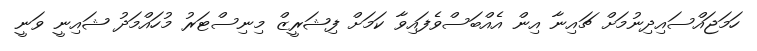
ހަމަޖައްސައިދިނުމަށް ޗައިނާ އިން އެއްބަސްވެފައިވާ ކަމަށް ފިޝަރީޒް މިނިސްޓަރު މުހައްމަދު ޝައިނީ ވަނީ